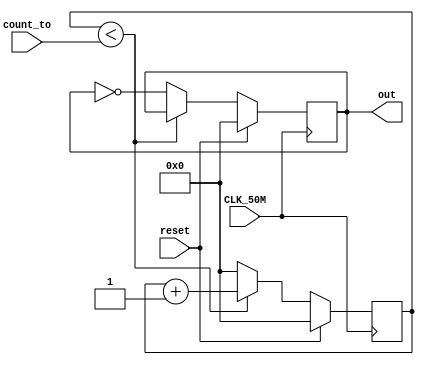
module clock_divider (CLK_50M, reset, count_to, out);
		input CLK_50M;
		input reset;
		input [31:0] count_to;
		output reg [31:0] out;
		reg [31:0] count;
		
		always@(posedge CLK_50M) begin
			if(reset) begin
				count = 0;
				out = 0;
			end
			
			else begin
				if(count<count_to) begin
					count=count+1;
				end
				else begin
					 out = ~out;
					 count=0;
					 end
				end
		end
	endmodule